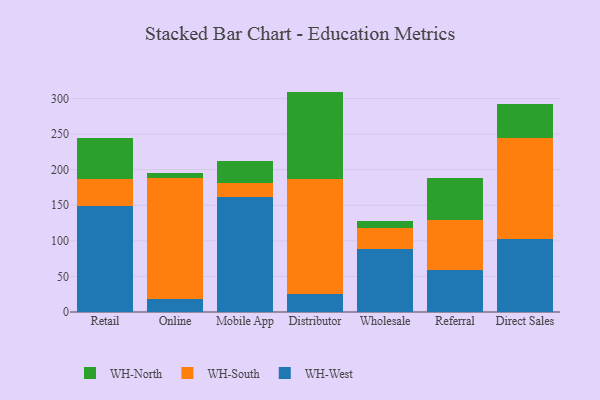
{"axis": {"x": "Channel", "y": "Market Share (%)"}, "legend": ["WH-North", "WH-South", "WH-West"], "data": [{"x": "Retail", "y": 148.9, "type": "WH-West"}, {"x": "Retail", "y": 37.3, "type": "WH-South"}, {"x": "Retail", "y": 58.5, "type": "WH-North"}, {"x": "Online", "y": 18.2, "type": "WH-West"}, {"x": "Online", "y": 169.7, "type": "WH-South"}, {"x": "Online", "y": 7.4, "type": "WH-North"}, {"x": "Mobile App", "y": 161.5, "type": "WH-West"}, {"x": "Mobile App", "y": 20.3, "type": "WH-South"}, {"x": "Mobile App", "y": 30.4, "type": "WH-North"}, {"x": "Distributor", "y": 25.9, "type": "WH-West"}, {"x": "Distributor", "y": 160.3, "type": "WH-South"}, {"x": "Distributor", "y": 123.4, "type": "WH-North"}, {"x": "Wholesale", "y": 88.7, "type": "WH-West"}, {"x": "Wholesale", "y": 29.5, "type": "WH-South"}, {"x": "Wholesale", "y": 9.8, "type": "WH-North"}, {"x": "Referral", "y": 59.4, "type": "WH-West"}, {"x": "Referral", "y": 70.1, "type": "WH-South"}, {"x": "Referral", "y": 58.9, "type": "WH-North"}, {"x": "Direct Sales", "y": 102.3, "type": "WH-West"}, {"x": "Direct Sales", "y": 141.7, "type": "WH-South"}, {"x": "Direct Sales", "y": 48.0, "type": "WH-North"}]}